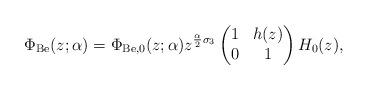
LaTeX: \begin{align*}\Phi_{\mathrm{Be}}(z;\alpha) = \Phi_{\mathrm{Be},0}(z;\alpha)z^{\frac{\alpha}{2}\sigma_{3}}\begin{pmatrix}1 & h(z) \\ 0 & 1\end{pmatrix} H_{0}(z),\end{align*}